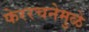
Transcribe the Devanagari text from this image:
फेररचनेमुळे